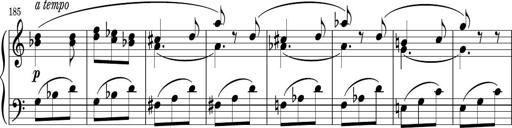
Title: Sonatina PandemÃ³nium
Composer: VÃ­ctor Carbajo
Key: C major